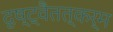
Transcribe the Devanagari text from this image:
दृष्ट्वैतत्कर्म